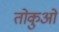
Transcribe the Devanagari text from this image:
तोकुओ